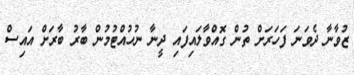
ޒުވާނާ ދެވަނަ ފަހަރަށް ތުން ގޮއްވާލައިފައި ދީނާ ނުހުއްޓުމުން ބާރު ބާރަށް އައިސް